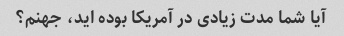
آیا شما مدت زیادی در آمریکا بوده اید، جهنم؟